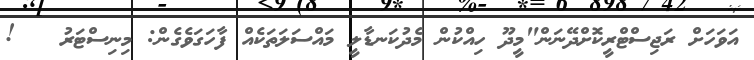
އަވަހަށް ރަޖިސްޓްރީކޮށްދޭނަން"މީދޫ ހިއްކުން މެދުކަނޑާލީ މައްސަލަތަކެއް ފާހަގަވެގެން: މިނިސްޓަރު   !